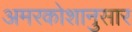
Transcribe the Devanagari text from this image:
अमरकोशानुसार